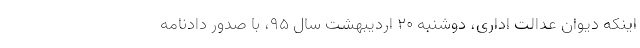
اینکه دیوان عدالت اداری، دوشنبه ۲۰ اردیبهشت سال ۹۵، با صدور دادنامه